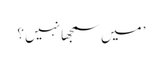
’ میں سمجھا نہیں ؟